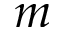
m